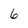
Character: 6